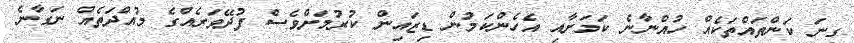
ގިނަ ކަންތައްތަކެއް ހުއްނާނެ ކަމަށާއި އެހެެންކަމުން ޑިޒައިން ކުރުމަށްވެސް ފުދޭވަރެއްގެ މުއްދަތެއް ނަގާނެ